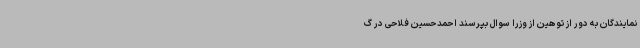
نمایندگان به دور از توهین از وزرا سوال بپرسند احمدحسین فلاحی در گ